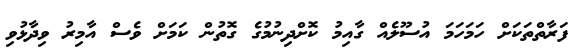
ފަރާތްތަކަށް ހަމަހަމަ އުސޫލެއް ގާއިމު ކޮށްދިނުމުގެ ގޮތުން ކަމަށް ވެސް އާމިރު ވިދާޅުވި